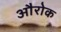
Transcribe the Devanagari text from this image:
औरोक